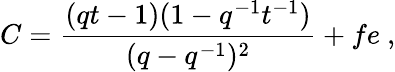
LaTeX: C=\frac{(qt-1)(1-q^{-1}t^{-1})}{(q-q^{-1})^{2}}+fe~,